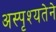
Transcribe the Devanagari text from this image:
अस्पृश्यतेने